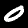
Digit: 0